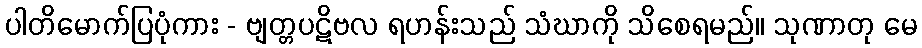
ပါတိမောက်ပြပုံကား - ဗျတ္တပဋိဗလ ရဟန်းသည် သံဃာကို သိစေရမည်။ သုဏာတု မေ